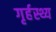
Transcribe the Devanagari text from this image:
गृर्हस्थ्य